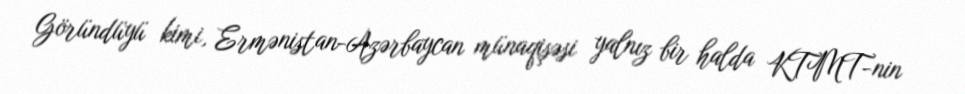
Göründüyü kimi, Ermənistan-Azərbaycan münaqişəsi yalnız bir halda KTMT-nin